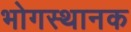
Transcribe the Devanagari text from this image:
भोगस्थानक